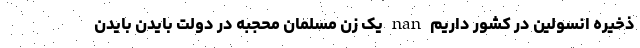
ذخیره انسولین در کشور داریم nan یک زن مسلمان محجبه در دولت بایدن بایدن